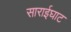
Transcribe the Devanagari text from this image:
साराईघाट